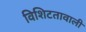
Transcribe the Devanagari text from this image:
विशिटतावाली